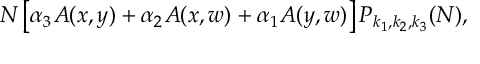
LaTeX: N \left[ \alpha _ { 3 } A ( x , y ) + \alpha _ { 2 } A ( x , w ) + \alpha _ { 1 } A ( y , w ) \right] P _ { k _ { 1 } , k _ { 2 } , k _ { 3 } } ( N ) ,